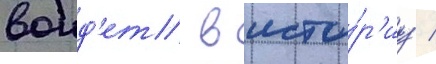
воид'ет в исто́р'иу /